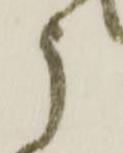
う